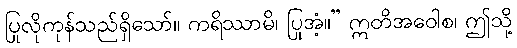
ပြုလိုကုန်သည်ရှိသော်။ ကရိဿာမိ၊ ပြုအံ့။” ဣတိအဝေါစ၊ ဤသို့